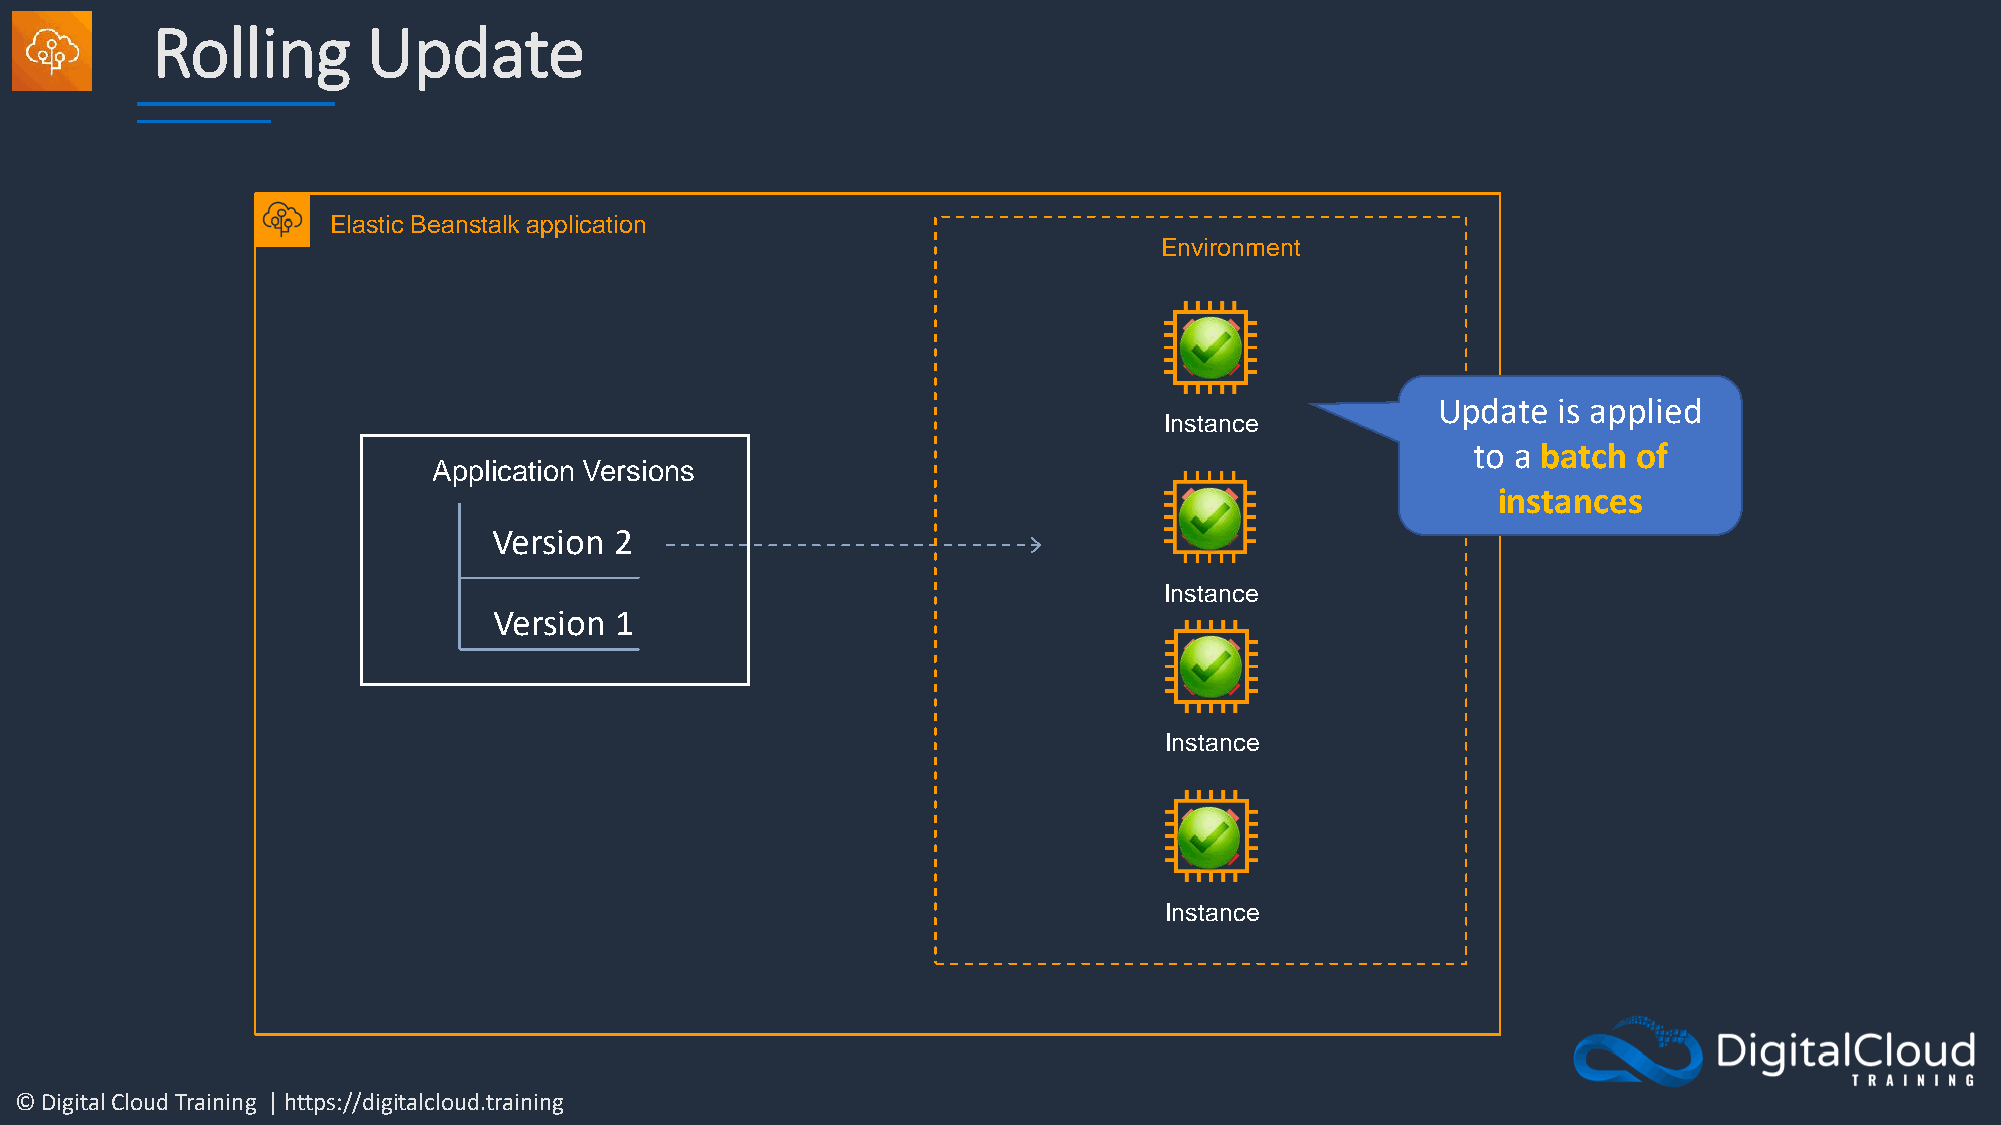
Rolling       Update
 Elastic Beanstalk application
 Environment
 Update  is applied
 Instance
 to a batch of
 Application Versions
 instances
 Version 2
 Instance
 Version 1
 Instance
 Instance
 © Digital Cloud Training | https://digitalcloud.training